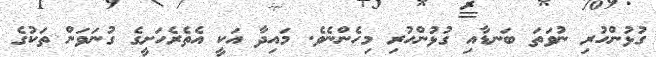
ގުޅުންހުރި ނުވަތަ ބަނޑާއި ގުޅުންހުރި މިހެންނެވެ. މައިދާ އަކީ އެތެރެހަށީގެ ގުނަވަން ތަކުގެ